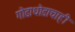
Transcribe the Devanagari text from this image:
गोडाधोडाचाही